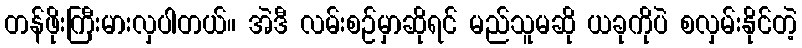
တန်ဖိုးကြီးမားလှပါတယ်။ အဲဒီ လမ်းစဉ်မှာဆိုရင် မည်သူမဆို ယခုကိုပဲ စလှမ်းနိုင်တဲ့